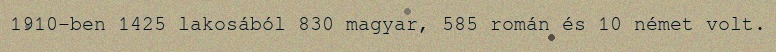
1910-ben 1425 lakosából 830 magyar, 585 román és 10 német volt.